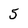
Character: 5